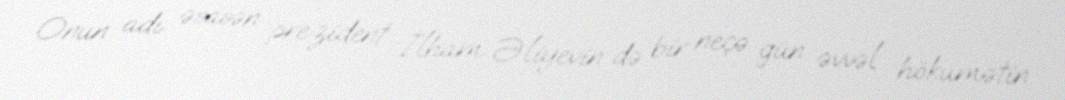
Onun adı əsasən prezident İlham Əliyevin də bir neçə gün əvvəl hökumətin